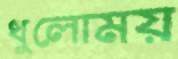
ধুলোময়